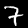
Label: 7